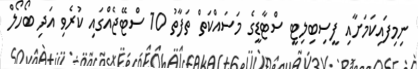
ނިމިފައިކަމަށާއި ފީސިބިލިޓީ ސްޓާޑީގެ މަސައްކަތް ތަފާތު 10 ސްޓޭޖެއްގައި ކުރެވި އަދި ބޯހޯލް